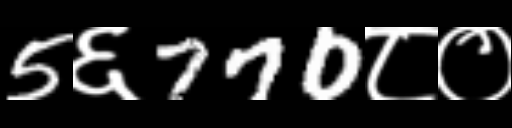
Text: 5६770८०